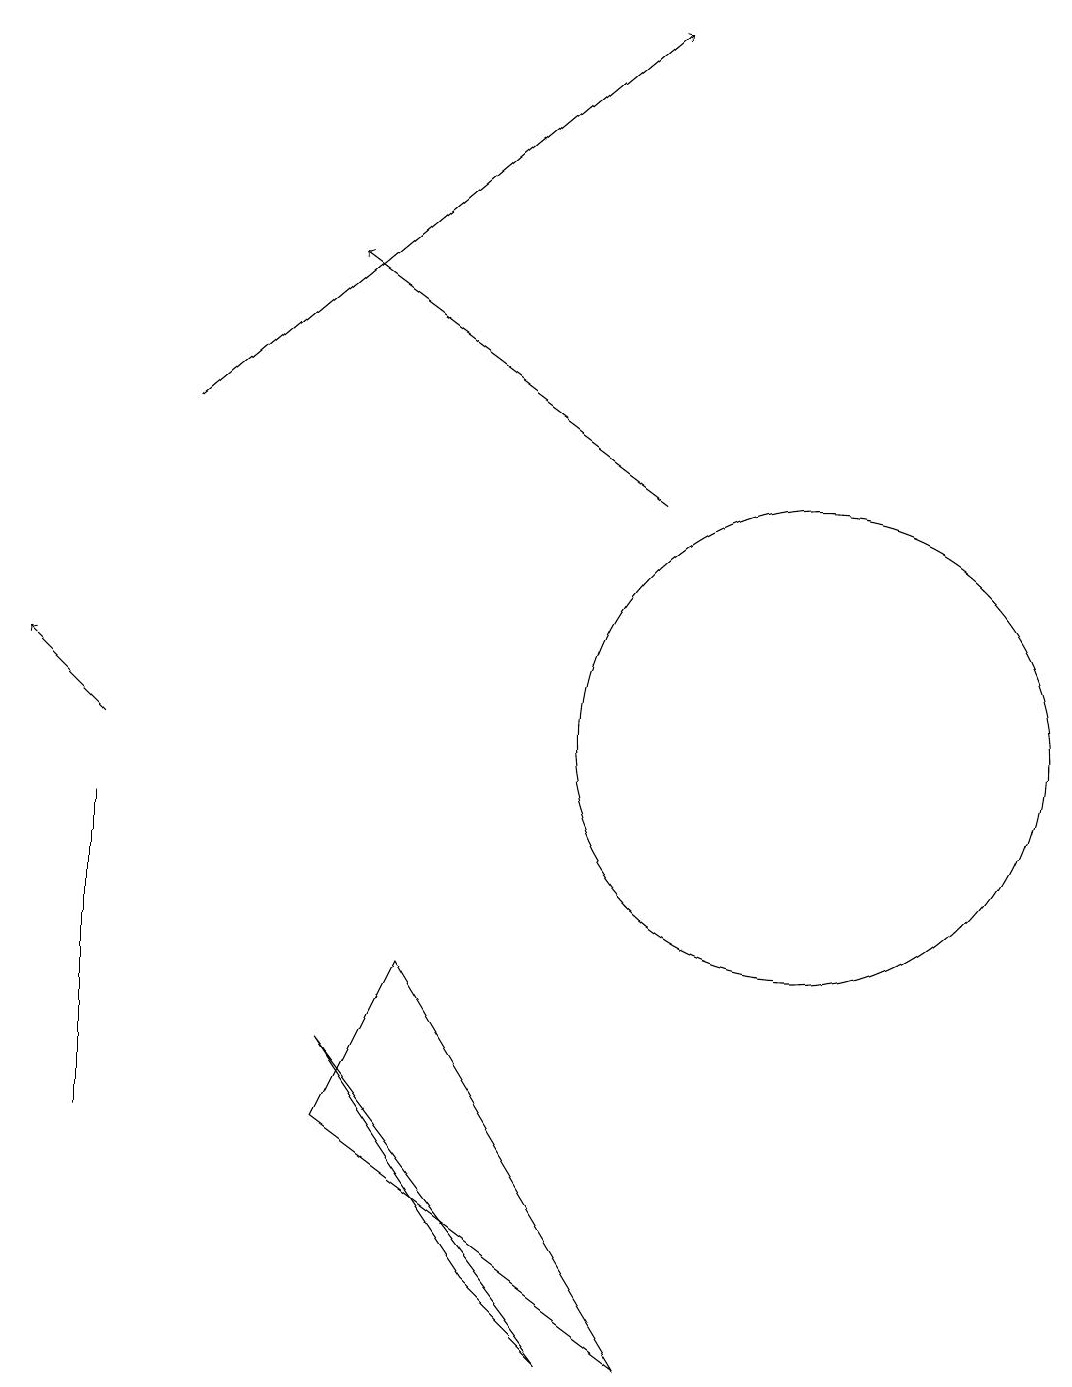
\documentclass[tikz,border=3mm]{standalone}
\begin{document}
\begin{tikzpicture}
\draw[->] (9,13) -- (5,16);
\draw[->] (3,14) -- (9,19);
\draw (2,9) -- (2,5) -- (2,7) -- cycle;
\draw (5,6) -- (8,2) -- (7,3) -- cycle;
\draw[->] (2,10) -- (1,11);
\draw (5,5) -- (6,7) -- (9,2) -- cycle;
\draw (11,10) circle (3);
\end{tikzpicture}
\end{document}